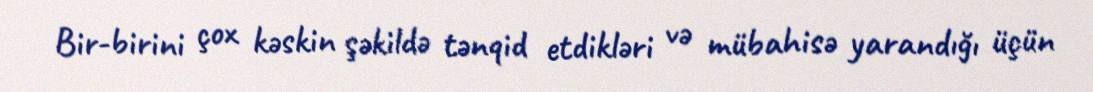
Bir-birini çox kəskin şəkildə tənqid etdikləri və mübahisə yarandığı üçün